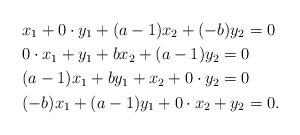
LaTeX: \begin{align*}& x_1 +0\cdot y_1 + (a-1)x_2 +(-b)y_2=0\\& 0\cdot x_1 + y_1 + b x_2 + (a-1)y_2=0\\&(a-1)x_1 +b y_1 +x_2 + 0\cdot y_2=0\\&(-b)x_1 + (a-1)y_1 +0\cdot x_2 + y_2 =0.\end{align*}